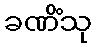
ခဏိံသု